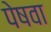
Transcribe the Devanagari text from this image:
पेषवा